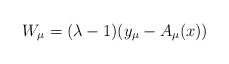
\begin{align*}W_{\mu }=(\lambda -1)(y_{\mu }-A_{\mu }(x)) \end{align*}